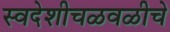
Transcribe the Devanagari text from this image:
स्वदेशीचळवळीचे